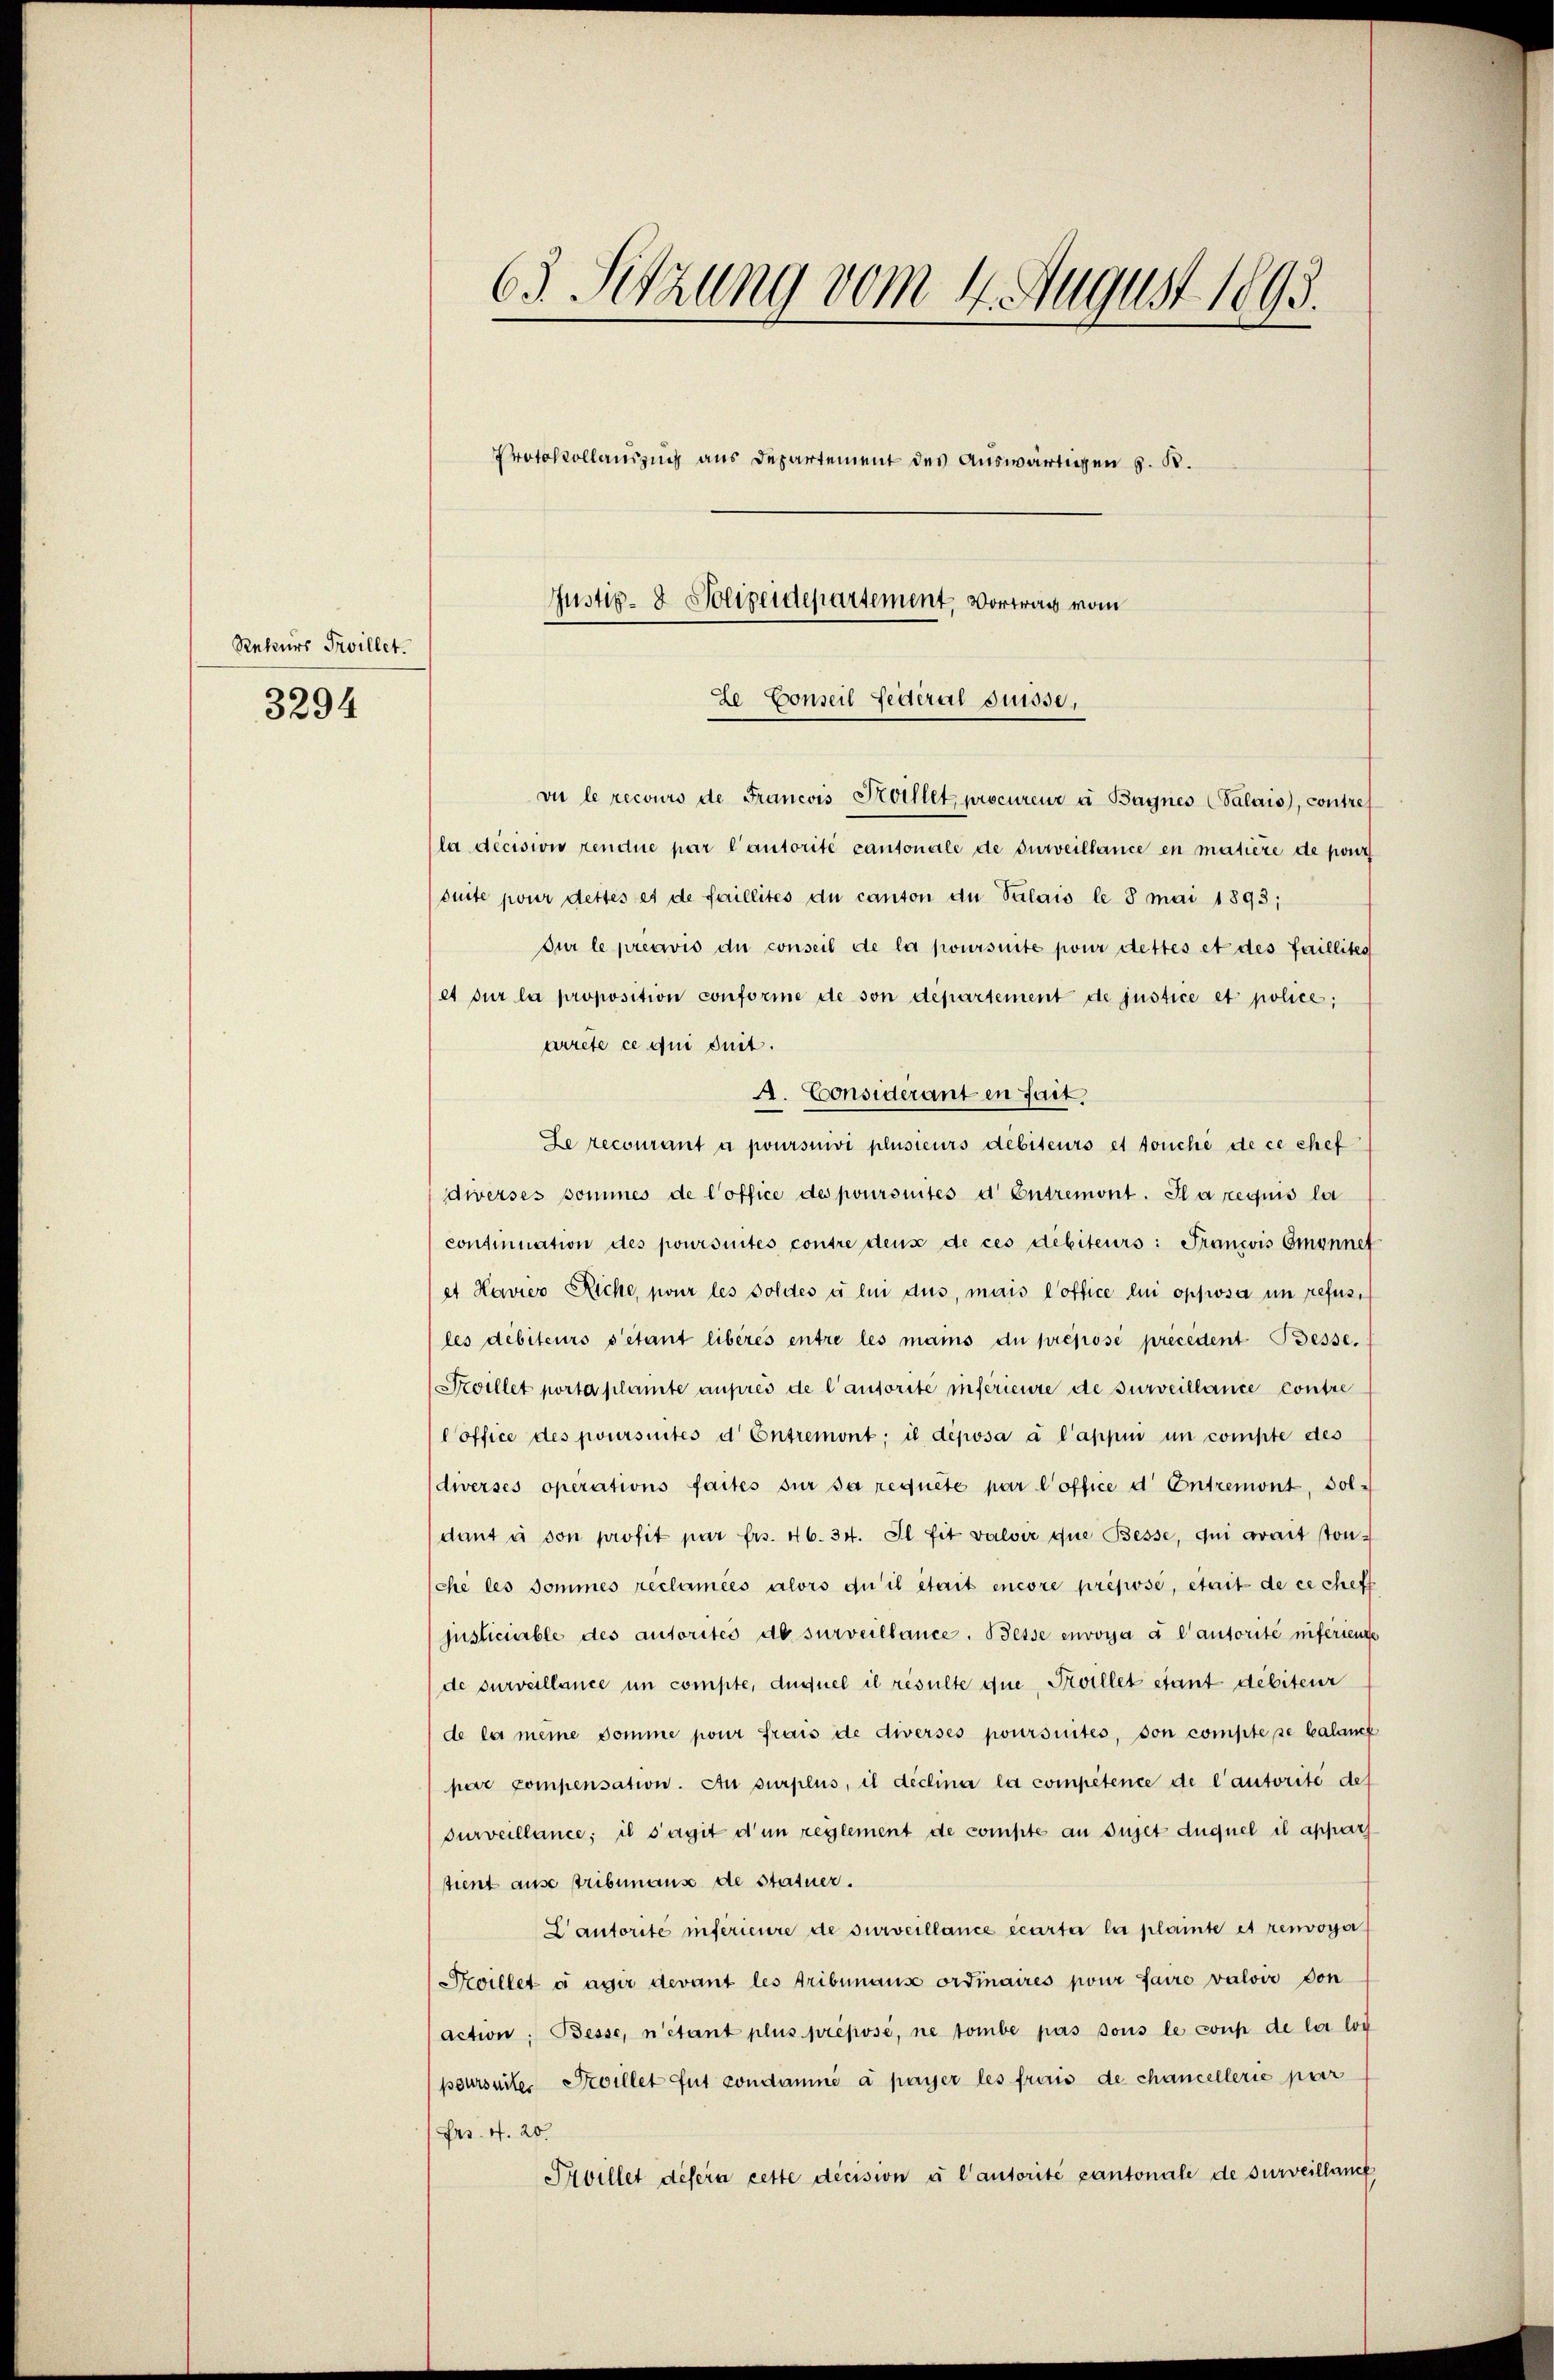
Rekurs Freillet.

3294

63. Setzung vom 4. August 1893.
Protokollenzung aus Departement des Auswärtigen z. B.
Justiz- & Polizeidepartement, Vortrag vom
e Conseil Federal Suisse,

vie le recours de Francois Kollet procureur à Bagnes (Valais, contre
la décisiis rendue par l’autorité cantonale de surveillance en matière de pour
(duite pour dettes es de faillités du canton du Palais le 8 mai 1893;
dur le préavis du conseil de la poursuite pour dettes et des faillites
et sur la proposition conforme de son departement de justice et police;
arrete ce qui suit.
A. Considerant en fait.
Le recourant à poursuivi plusieurs debiteurs et touche de ce chef
diverses sommes de l’office des poursuites d Entremont. Il a requis la
continuation des poursuites contre dens de ces debiteurs: Francois Omynnet
et Havier Riche, pour les Soldes à lui dus, mais l’office lui oppisa im refusi
les débiteurs s’étant libérés entre les mains du prépose precedent Besse.
Devillet porta plante auprès de l’autorite inférieure de surveillance contre
Coffice des poursuites d Entremont; il déposa à l’appin um compte des
diverses operations faites sur sa requete par l’office d. Entremont, Sol
dant à son profit par frs. 46. 34. Il fit valoir que Besse, qui avait ston-
che les Sommes reclamées alors du il était encore préposé, était de ce chef
justiciable des autorités de surveillance. Besse envoya à l’autorité niferiente
de surveillance in compte, duquel il resulte que, Poillet stant débiteur
de la meine komme pour frais de diverses poursuites, von compte se Calanct
par compensation. An surplus, il déclina la compétence de l’autorite des
Furveillance; il s’agit d’un reglement de compte an Sujet duquel il appar
tient ause tribunaus de statuer.
L’autorité inférieure de surveillance écarter la plainte et renvoyer
Koillet a agir devant les tribunause ordinaires pour faire valoir von
(action: Besse, n’étant plus préposé, ne tombe pas sous le coup de la loi
poursuite. Soillet fut condamne à payer les frais de chancellerie par
Fr. 4. 20.
Srbillet desera cette decision à l’autorité pantonale de surveillanc